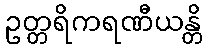
ဥတ္တရိကရဏီယန္တိ